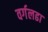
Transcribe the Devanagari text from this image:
वर्गलढा